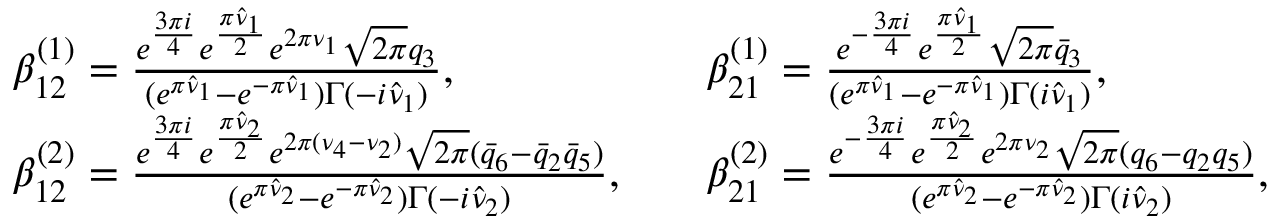
\begin{array} { r l r l } & { \beta _ { 1 2 } ^ { ( 1 ) } = \frac { e ^ { \frac { 3 \pi i } { 4 } } e ^ { \frac { \pi \hat { \nu } _ { 1 } } { 2 } } e ^ { 2 \pi \nu _ { 1 } } \sqrt { 2 \pi } q _ { 3 } } { ( e ^ { \pi \hat { \nu } _ { 1 } } - e ^ { - \pi \hat { \nu } _ { 1 } } ) \Gamma ( - i \hat { \nu } _ { 1 } ) } , } & & { \beta _ { 2 1 } ^ { ( 1 ) } = \frac { e ^ { - \frac { 3 \pi i } { 4 } } e ^ { \frac { \pi \hat { \nu } _ { 1 } } { 2 } } \sqrt { 2 \pi } \bar { q } _ { 3 } } { ( e ^ { \pi \hat { \nu } _ { 1 } } - e ^ { - \pi \hat { \nu } _ { 1 } } ) \Gamma ( i \hat { \nu } _ { 1 } ) } , } \\ & { \beta _ { 1 2 } ^ { ( 2 ) } = \frac { e ^ { \frac { 3 \pi i } { 4 } } e ^ { \frac { \pi \hat { \nu } _ { 2 } } { 2 } } e ^ { 2 \pi ( \nu _ { 4 } - \nu _ { 2 } ) } \sqrt { 2 \pi } ( \bar { q } _ { 6 } - \bar { q } _ { 2 } \bar { q } _ { 5 } ) } { ( e ^ { \pi \hat { \nu } _ { 2 } } - e ^ { - \pi \hat { \nu } _ { 2 } } ) \Gamma ( - i \hat { \nu } _ { 2 } ) } , } & & { \beta _ { 2 1 } ^ { ( 2 ) } = \frac { e ^ { - \frac { 3 \pi i } { 4 } } e ^ { \frac { \pi \hat { \nu } _ { 2 } } { 2 } } e ^ { 2 \pi \nu _ { 2 } } \sqrt { 2 \pi } ( q _ { 6 } - q _ { 2 } q _ { 5 } ) } { ( e ^ { \pi \hat { \nu } _ { 2 } } - e ^ { - \pi \hat { \nu } _ { 2 } } ) \Gamma ( i \hat { \nu } _ { 2 } ) } , } \end{array}